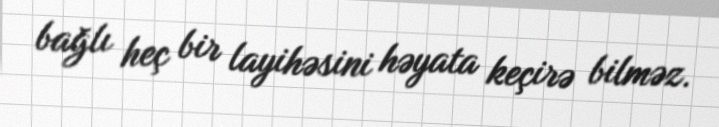
bağlı heç bir layihəsini həyata keçirə bilməz.